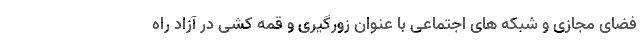
فضای مجازی و شبکه های اجتماعی با عنوان زورگیری و قمه کشی در آزاد راه